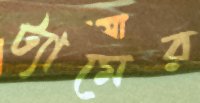
ট্যামের